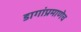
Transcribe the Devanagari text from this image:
डागांप्रमाणेच